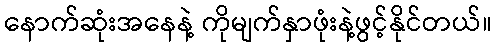
နောက်ဆုံးအနေနဲ့ ကိုမျက်နှာဖုံးနဲ့ဖွင့်နိုင်တယ်။